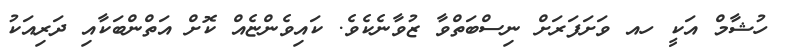
ހުޝާމް އަކީ ހއ ވަށަފަރަށް ނިސްބަތްވާ ޒުވާނެކެވެ. ކައިވެންޏެއް ކޮށް އަތްންބަކާއި ދަރިއަކު